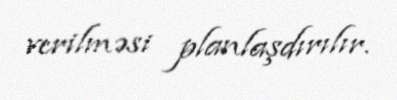
verilməsi planlaşdırılır.